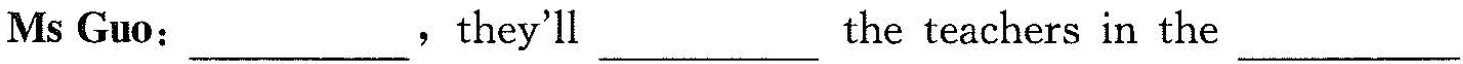
Ms Guo：___，they'll ___the teachers in the ___